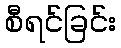
စီရင်ခြင်း